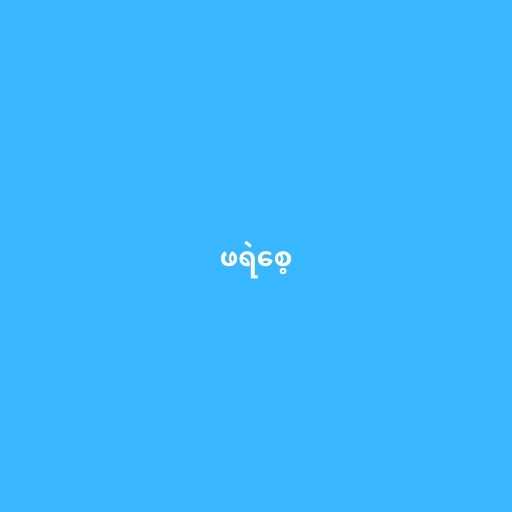
ဖရဲစေ့